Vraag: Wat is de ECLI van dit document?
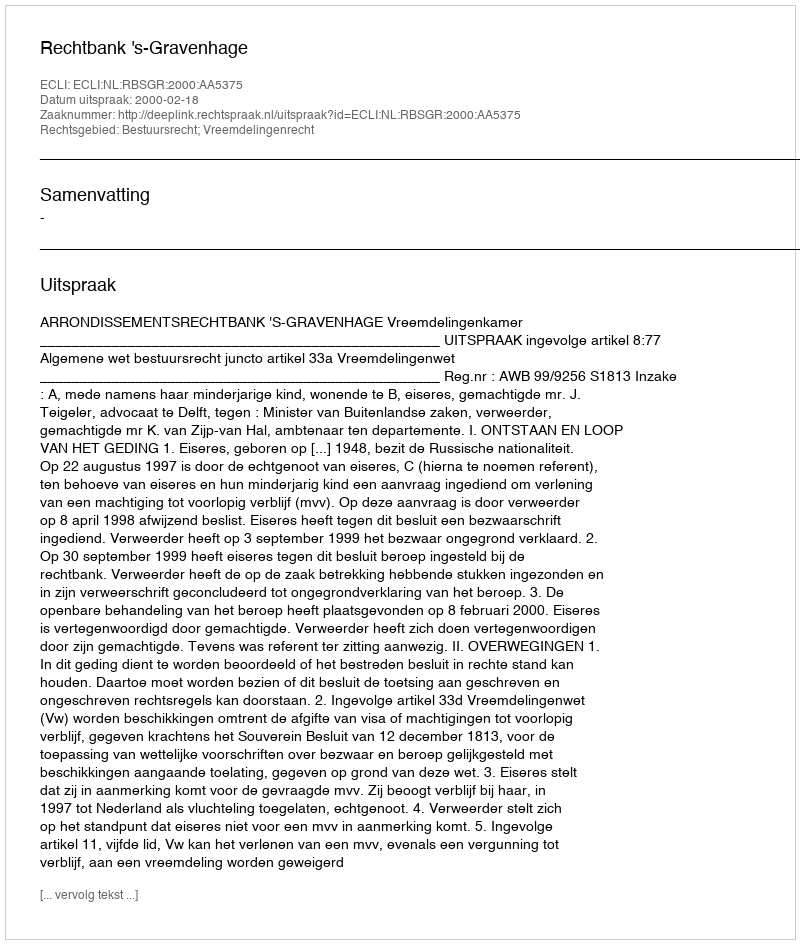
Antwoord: ECLI:NL:RBSGR:2000:AA5375